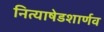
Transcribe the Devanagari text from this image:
नित्याषेडशार्णव